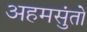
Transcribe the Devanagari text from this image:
अहमसुंतो